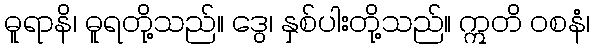
ဓူရာနိ၊ ဓူရတို့သည်။ ဒွေ၊ နှစ်ပါးတို့သည်။ ဣတိ ဝစနံ၊